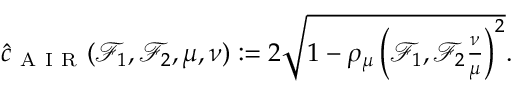
\begin{array} { r } { \hat { c } _ { \mathrm { ~ A ~ I ~ R ~ } } ( \mathcal { F } _ { 1 } , \mathcal { F } _ { 2 } , \mu , \nu ) : = 2 \sqrt { 1 - \rho _ { \mu } \left( \mathcal { F } _ { 1 } , \mathcal { F } _ { 2 } \frac { \nu } { \mu } \right) ^ { 2 } } . } \end{array}